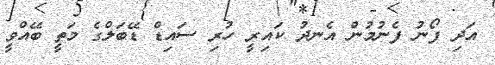
އަދި ފޯނު ފެނުމުން އެނދު ކައިރީ ހުރި ސައިޑް ޑޭބަލްގެ މަތީ ބޭއްވީ